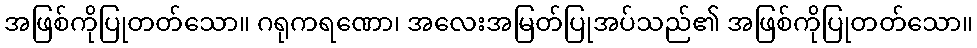
အဖြစ်ကိုပြုတတ်သော။ ဂရုကရဏော၊ အလေးအမြတ်ပြုအပ်သည်၏ အဖြစ်ကိုပြုတတ်သော။